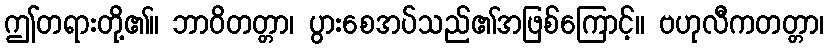
ဤတရားတို့၏။ ဘာဝိတတ္တာ၊ ပွားစေအပ်သည်၏အဖြစ်ကြောင့်။ ဗဟုလီကတတ္တာ၊